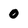
Character: 0